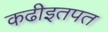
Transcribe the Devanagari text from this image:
कढीइतपत